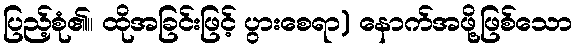
ပြည့်စုံ၏။ ထိုအခြင်းဖြင့် ပွားစေရာ) နောက်အဖို့ဖြစ်သော